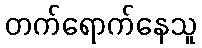
တက်ရောက်နေသူ